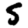
Digit: 5